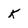
Character: K